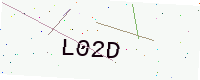
Text: L02D